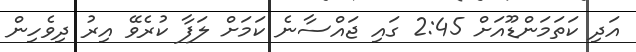
އަދި ކަތަމަންޑޫއަށް 2:45 ގައި ޖައްސާނެ ކަމަށް ލަފާ ކުރެވޭ އިރު ދިވެހިން